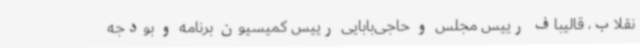
نقلاب، قالیباف رییس مجلس و حاجی‌بابایی رییس کمیسیون برنامه و بودجه